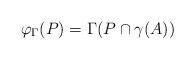
LaTeX: \begin{align*} \varphi_\Gamma(P)=\Gamma(P\cap \gamma(A)) \end{align*}